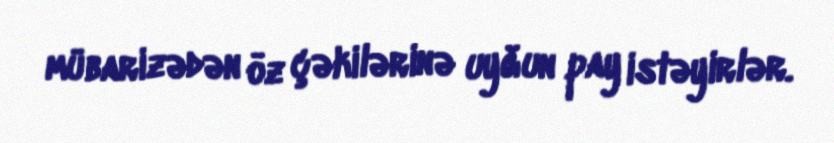
mübarizədən öz çəkilərinə uyğun pay istəyirlər.